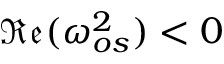
\mathfrak { R e } ( \omega _ { o s } ^ { 2 } ) < 0